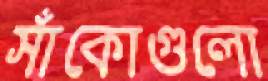
সাঁকোগুলো